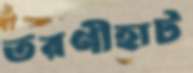
তরণীহাট